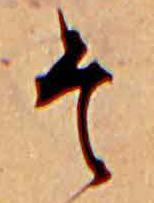
そ